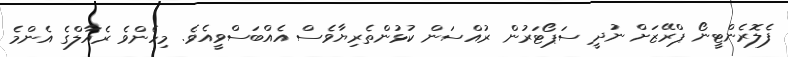
ފެލޮރެންޓީނޯ ޕްރޭޒަށް ނުދީ ސަޕޯޓަރުން ރުއްސަން ކުޅުންތެރިޔާވެސް އެއްބަސްވީއެވެ. މިހެންވެ ރެއާލްގެ އެންމެ